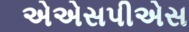
એએસપીએસ